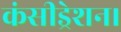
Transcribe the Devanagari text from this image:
कंसीड्रेशन।